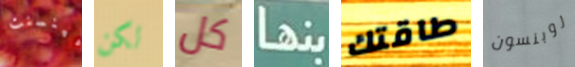
فينسنت لكن كل بنها طاقتك روبنسون